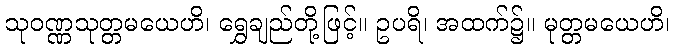
သုဝဏ္ဏသုတ္တမယေဟိ၊ ရွှေချည်တို့ဖြင့်။ ဥပရိ၊ အထက်၌။ မုတ္တမယေဟိ၊